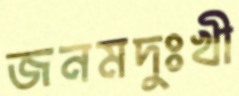
জনমদুঃখী